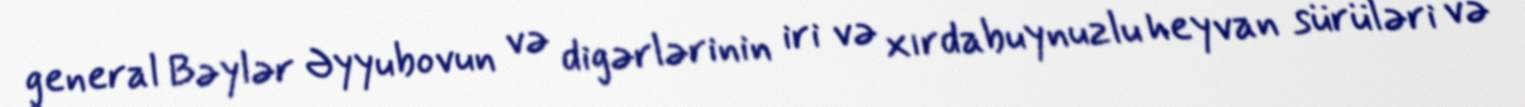
general Bəylər Əyyubovun və digərlərinin iri və xırdabuynuzlu heyvan sürüləri və